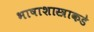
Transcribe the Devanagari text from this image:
भाषाशास्त्राकडे